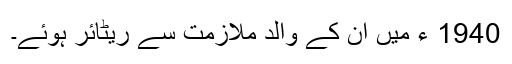
1940 ء میں ان کے والد ملازمت سے ریٹائر ہوئے۔